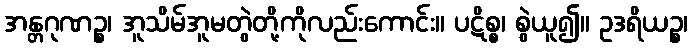
အန္တဂုဏဉ္စ၊ အူသိမ်အူမတွဲတို့ကိုလည်းကောင်း။ ပဋိစ္စ၊ စွဲယူ၍။ ဥဒရိယဉ္စ၊